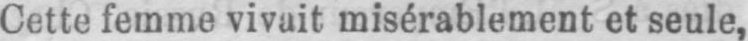
Cette femme vivait misérablement et seule,